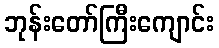
ဘုန်းတော်ကြီးကျောင်း